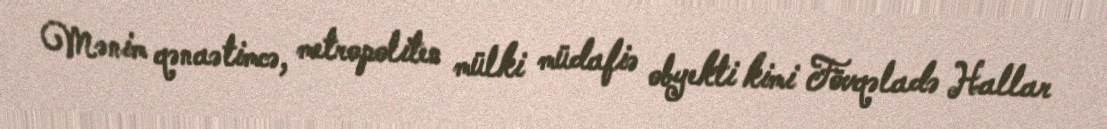
Mənim qənaətimcə, metropoliten mülki müdafiə obyekti kimi Fövqəladə Hallar